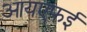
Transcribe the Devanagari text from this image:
आयएफई